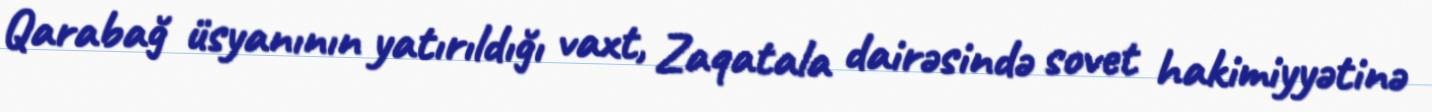
Qarabağ üsyanının yatırıldığı vaxt, Zaqatala dairəsində sovet hakimiyyətinə